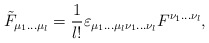
\begin{align*}\tilde F_{\mu_1\ldots \mu_l}={1\over l!}\varepsilon_{\mu_1\ldots \mu_l\nu_1\ldots \nu_l}F^{\nu_1\ldots \nu_l},\end{align*}